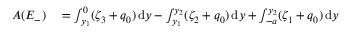
\begin{array} { r l } { A ( E _ { - } ) } & { { } = \int _ { y _ { 1 } } ^ { 0 } ( \zeta _ { 3 } + q _ { 0 } ) \, \mathrm { d } y - \int _ { y _ { 1 } } ^ { y _ { 2 } } ( \zeta _ { 2 } + q _ { 0 } ) \, \mathrm { d } y + \int _ { - a } ^ { y _ { 2 } } ( \zeta _ { 1 } + q _ { 0 } ) \, \mathrm { d } y } \end{array}